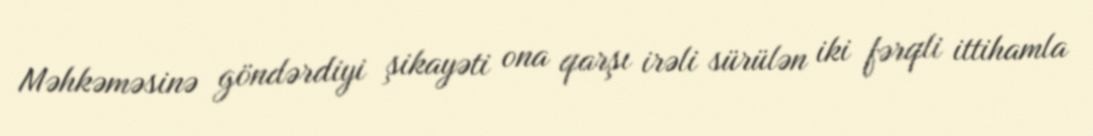
Məhkəməsinə göndərdiyi şikayəti ona qarşı irəli sürülən iki fərqli ittihamla